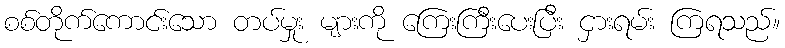
စစ်တိုက်ကောင်းသော တပ်မှုး များကို ကြေးကြီးပေးပြီး ငှားရမ်း ကြရသည်။